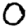
Digit: 0